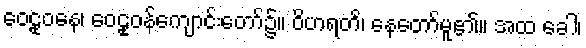
ဝေဠုဝနေ၊ ဝေဠုဝန်ကျောင်းတော်၌။ ဝိဟရတိ၊ နေတော်မူ၏။ အထ ခေါ၊